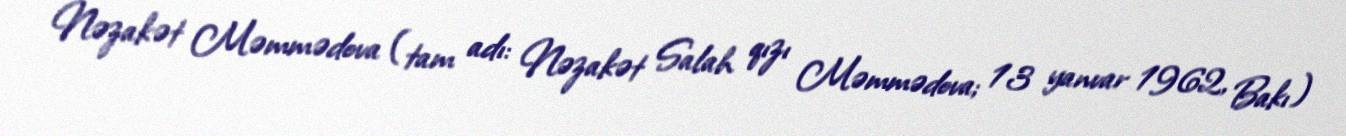
Nəzakət Məmmədova (tam adı: Nəzakət Salah qızı Məmmədova; 13 yanvar 1962, Bakı)